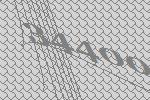
34400